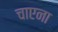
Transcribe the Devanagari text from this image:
चाएना